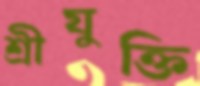
শ্রীযুক্তি